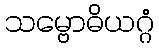
သမ္ဗောဓိယဂ္ဂံ